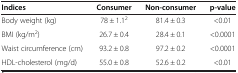
| Indices | Consumer | Non-consumer | p-value |
 | --- | --- | --- | --- |
 | Body weight (kg) | 78 ± 1.12 | 81.4 ± 0.3 | <0.01 |
 | BMI (kg/m2) | 26.7 ± 0.4 | 28.4 ± 0.1 | <0.0001 |
 | Waist circumference (cm) | 93.2 ± 0.8 | 97.2 ± 0.2 | <0.0001 |
 | HDL-cholesterol (mg/d) | 55.0 ± 0.8 | 52.6 ± 0.2 | <0.01 |